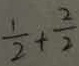
\frac { 1 } { 2 } + \frac { 2 } { 2 }